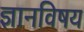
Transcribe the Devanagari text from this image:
ज्ञानविषय